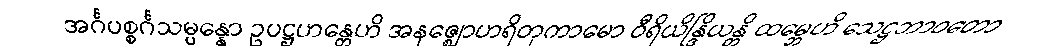
အင်္ဂပစ္စင်္ဂသမ္ပန္နော ဥပဋ္ဌဟန္တေဟိ အနဇ္ဈောဟရိတုကာမော ဝီရိယိန္ဒြိယန္တိ ထမ္ဘေဟိ သေဋ္ဌဘာဝတော